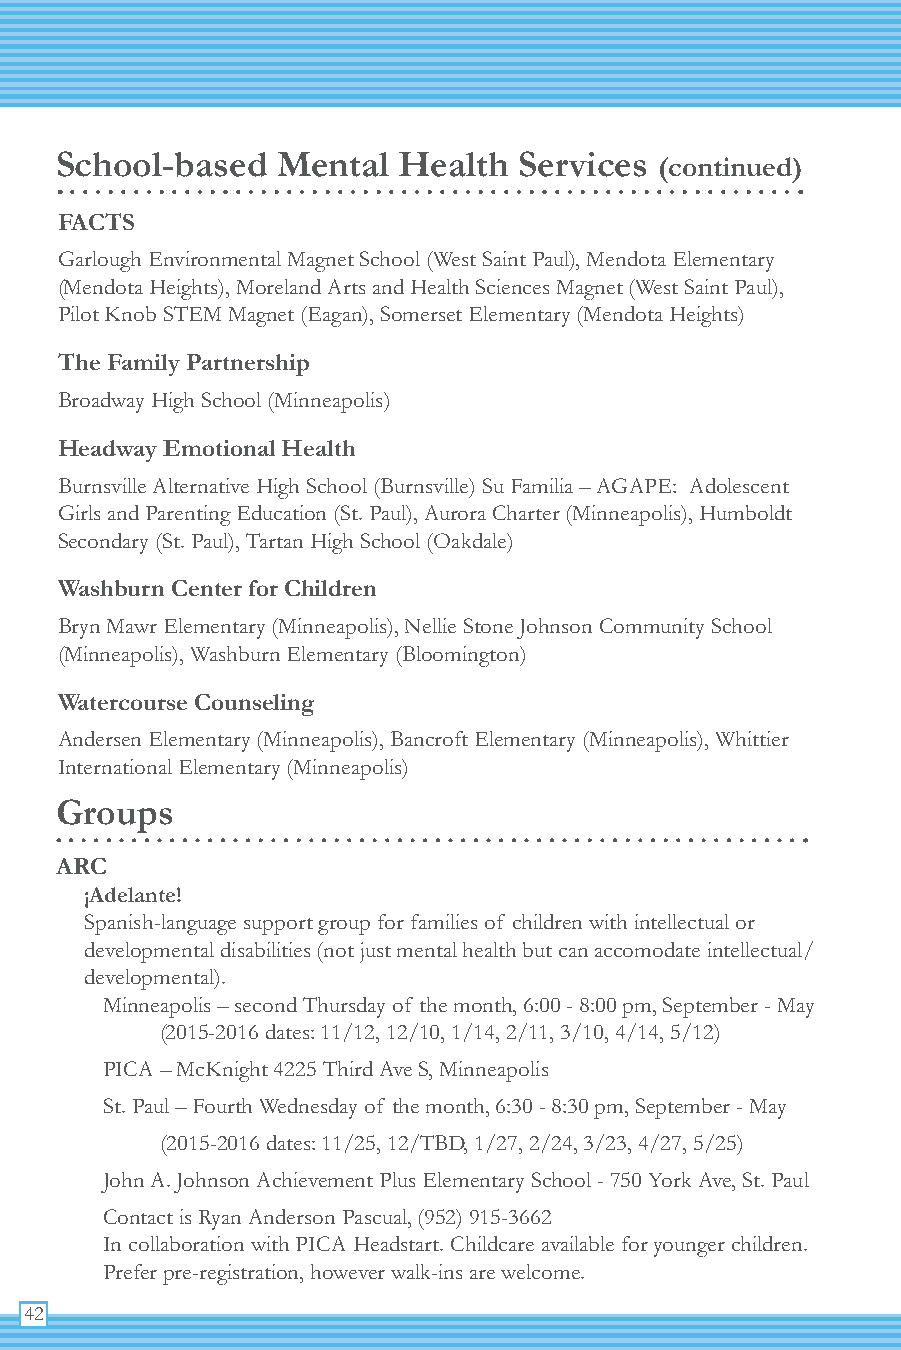
School-based  Mental  Health  Services  (continued)
 FACTS
 Garlough Environmental Magnet School (West Saint Paul), Mendota Elementary
 (Mendota Heights), Moreland Arts and Health Sciences Magnet (West Saint Paul),
 Pilot Knob STEM Magnet (Eagan), Somerset Elementary (Mendota Heights)
 The Family Partnership
 Broadway High School (Minneapolis)
 Headway Emotional Health
 Burnsville Alternative High School (Burnsville) Su Familia – AGAPE: Adolescent
 Girls and Parenting Education (St. Paul), Aurora Charter (Minneapolis), Humboldt
 Secondary (St. Paul), Tartan High School (Oakdale)
 Washburn Center for Children
 Bryn Mawr Elementary (Minneapolis), Nellie Stone Johnson Community School
 (Minneapolis), Washburn Elementary (Bloomington)
 Watercourse Counseling
 Andersen Elementary (Minneapolis), Bancroft Elementary (Minneapolis), Whittier
 International Elementary (Minneapolis)
 Groups
 ARC
 ¡Adelante!
 Spanish-language support group for families of children with intellectual or
 developmental disabilities (not just mental health but can accomodate intellectual/
 developmental).
 Minneapolis – second Thursday of the month, 6:00 - 8:00 pm, September - May
 (2015-2016 dates: 11/12, 12/10, 1/14, 2/11, 3/10, 4/14, 5/12)
 PICA – McKnight 4225 Third Ave S, Minneapolis
 St. Paul – Fourth Wednesday of the month, 6:30 - 8:30 pm, September - May
 (2015-2016 dates: 11/25, 12/TBD, 1/27, 2/24, 3/23, 4/27, 5/25)
 John A. Johnson Achievement Plus Elementary School - 750 York Ave, St. Paul
 Contact is Ryan Anderson Pascual, (952) 915-3662
 In collaboration with PICA Headstart. Childcare available for younger children.
 Prefer pre-registration, however walk-ins are welcome.
 42